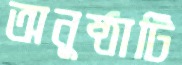
অনুষ্ঠাটি